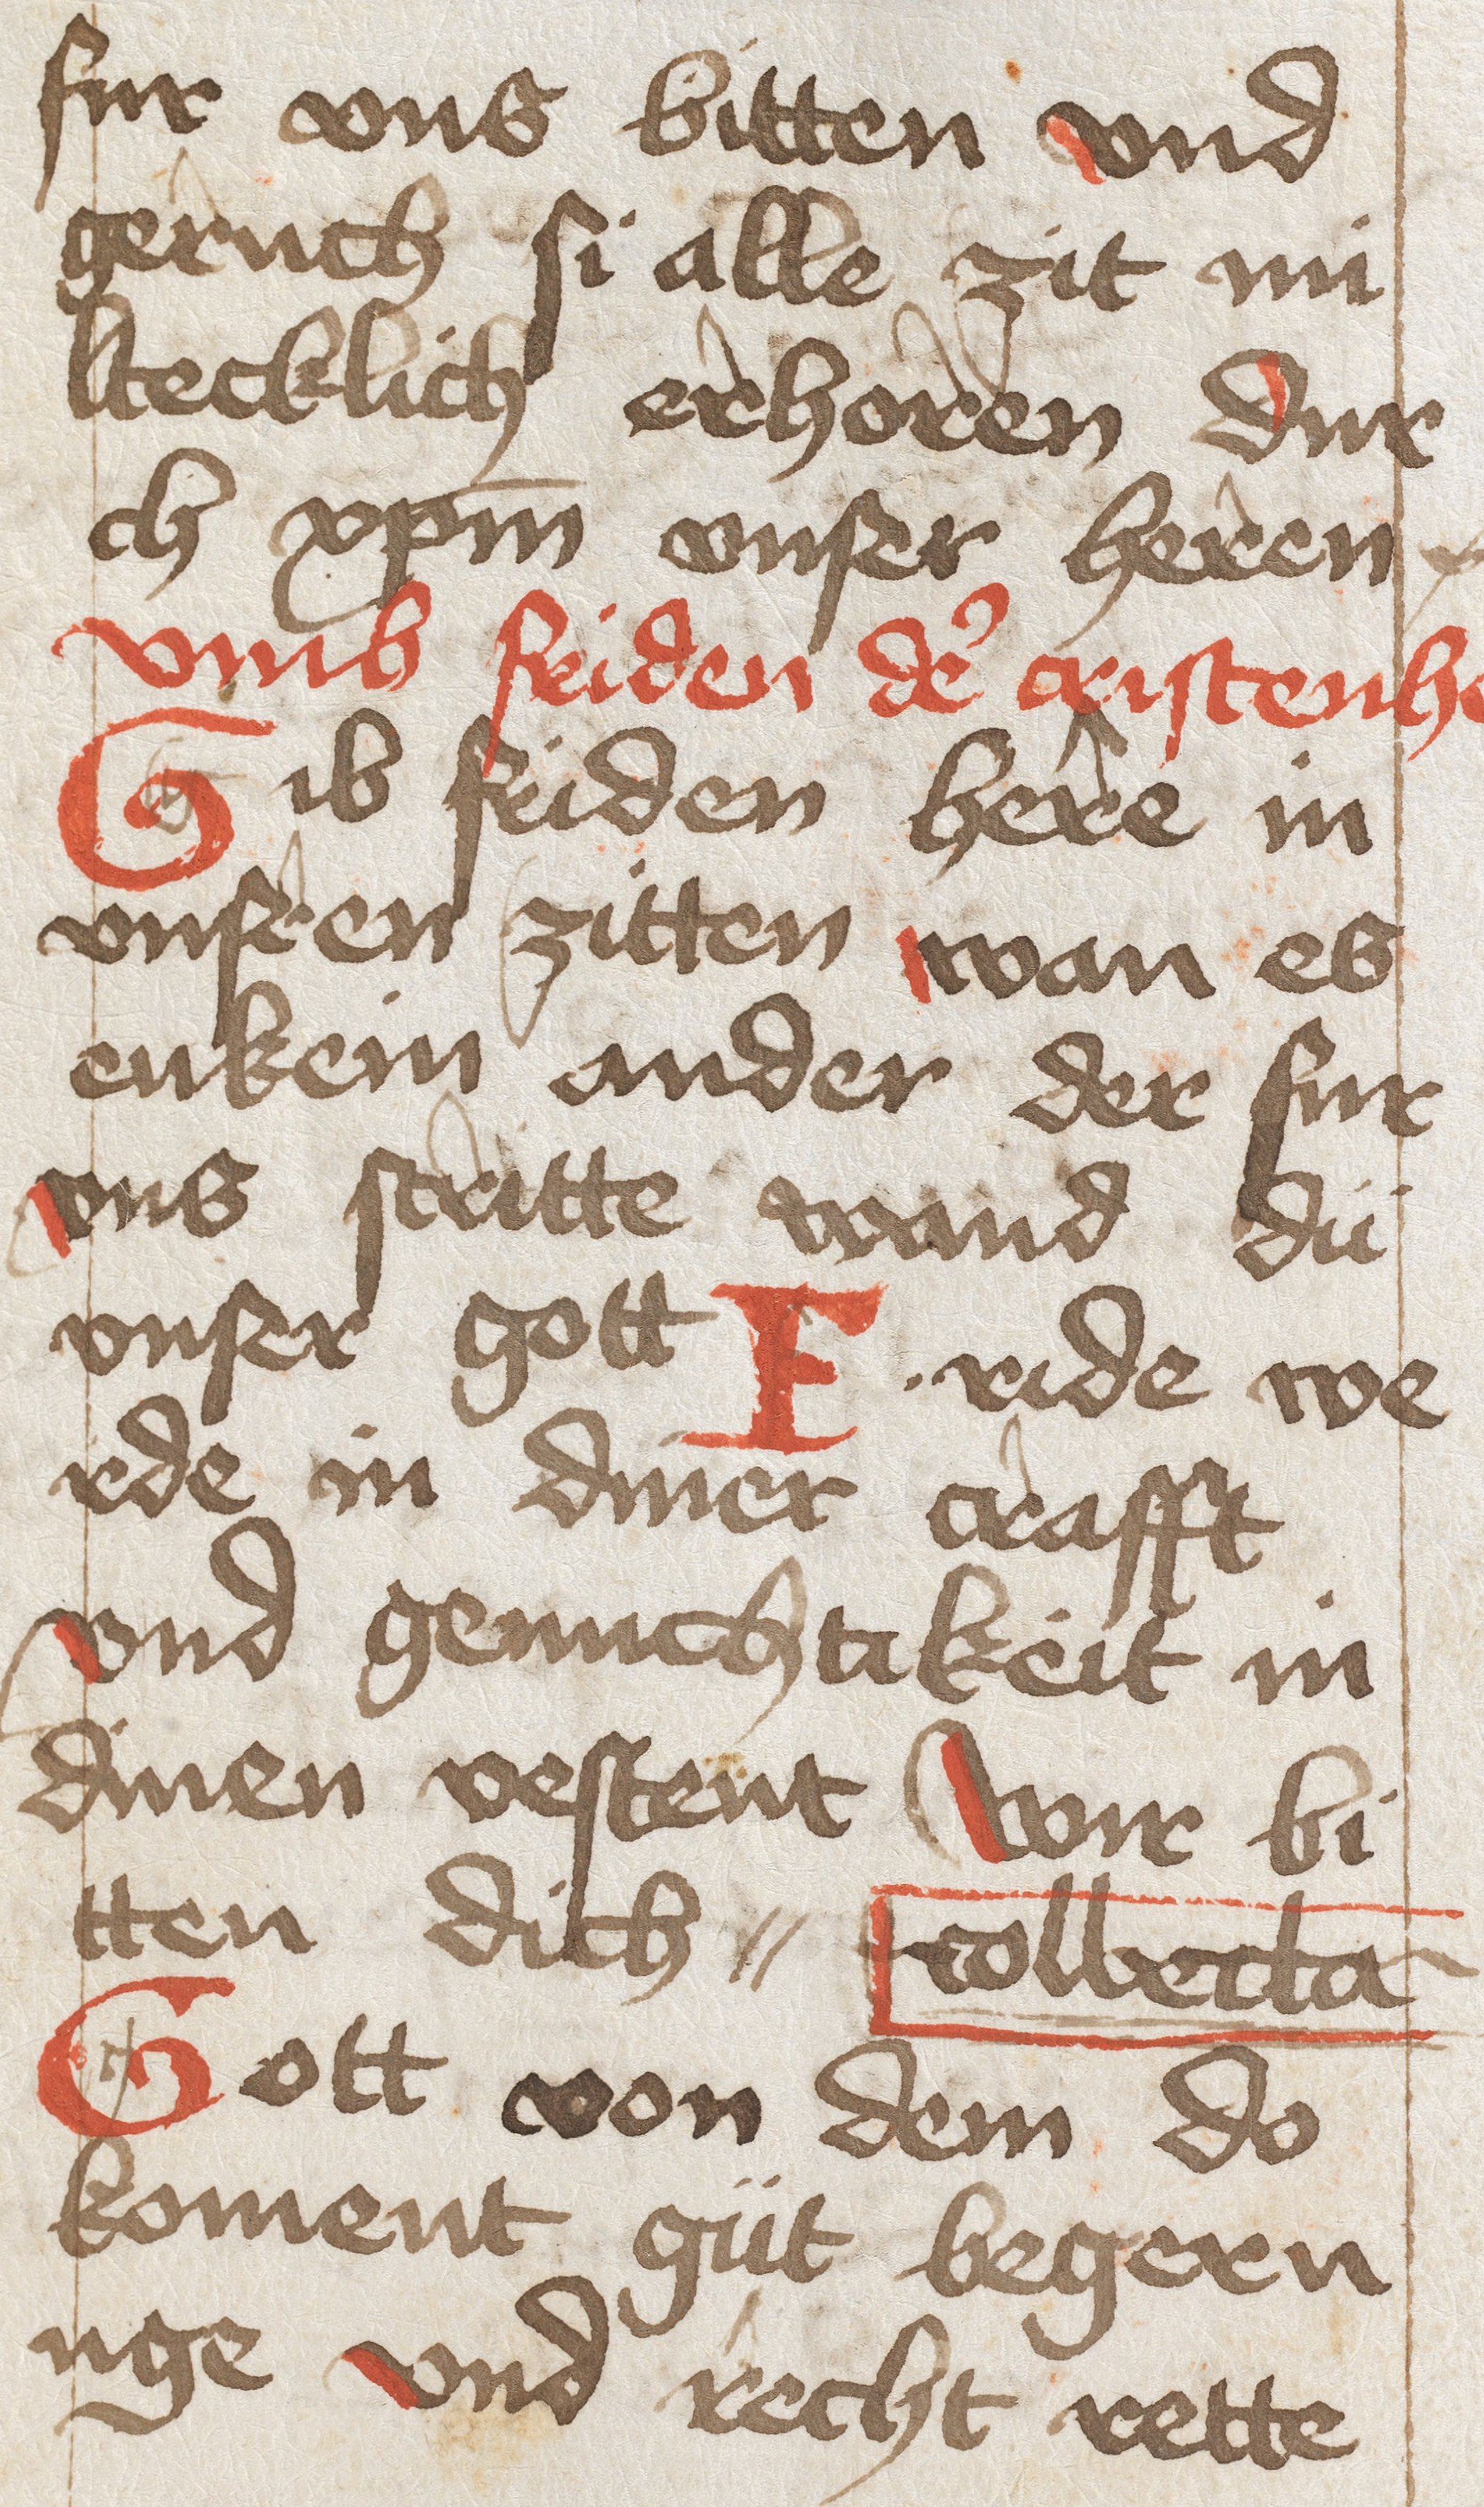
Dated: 1450–1499